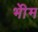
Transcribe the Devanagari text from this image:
भीेम